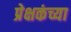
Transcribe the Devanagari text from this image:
प्रेक्षकंच्या